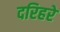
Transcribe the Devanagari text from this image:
दरिहरे